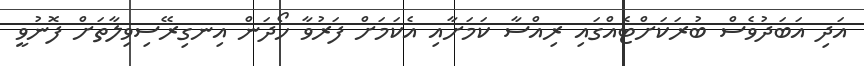
އަދި އަބަދުވެސް ބުރަކަށްޓެއްގައި ރިއްސާ ކަމަށާއި އެކަމަށް ފަރުވާ ހޯދަން އިނގިރޭސިވިލާތަށް ފޮނުވީ